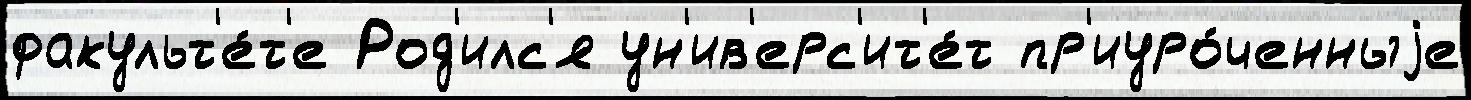
факульт'е́т'е Род'илс'я ун'ив'ерс'ит'е́т пр'иуро́ченныjе